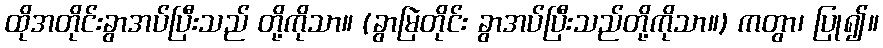
ထိုအတိုင်းခွာအပ်ပြီးသည် တို့ကိုသာ။ (ခွာမြဲတိုင်း ခွာအပ်ပြီးသည်တို့ကိုသာ။) ကတွာ၊ ပြု၍။